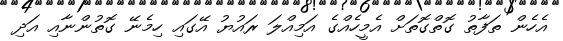
އެހެން ތަފާތު ގޮތްގޮތަށް އެމީހެއްގެ އަމިއްލަ ރައުޔު އޭގައި ހިމެނޭ ގޮތުންނާއި އަދި